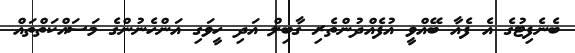
ބެނެފިޓުގެ އެ ފެއާ ބޭއްވީ އުފެއްދުންތެރި ގާބިލް އަދި ހީވަގި އަންހެނުންގެ މަސައްކަތްތައް